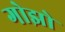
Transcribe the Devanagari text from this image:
गोझो